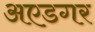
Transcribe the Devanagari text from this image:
अएडगर